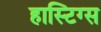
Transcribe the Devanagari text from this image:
हास्टिग्स